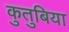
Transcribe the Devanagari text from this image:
कुतुबिया